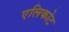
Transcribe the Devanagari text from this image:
एलिकोट